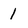
Character: 1